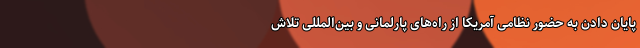
پایان دادن به حضور نظامی آمریکا از راه‌های پارلمانی و بین‌المللی تلاش